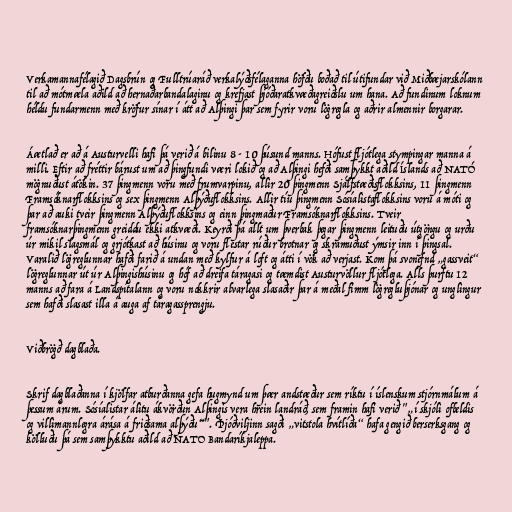
Verkamannafélagið Dagsbrún og Fulltrúaráð verkalýðsfélaganna höfðu boðað til útifundar við Miðbæjarskólann
til að mótmæla aðild að hernaðarbandalaginu og krefjast þjóðaratkvæðagreiðslu um hana. Að fundinum loknum
héldu fundarmenn með kröfur sínar í átt að Alþingi þar sem fyrir voru lögregla og aðrir almennir borgarar.

Áætlað er að á Austurvelli hafi þá verið á bilinu 8 - 10 þúsund manns. Hófust fljótlega stympingar manna á
milli. Eftir að fréttir bárust um að þingfundi væri lokið og að Alþingi hefði samþykkt aðild Íslands að NATÓ
mögnuðust átökin. 37 þingmenn voru með frumvarpinu, allir 20 þingmenn Sjálfstæðisflokksins, 11 þingmenn
Framsóknarflokksins og sex þingmenn Alþýðuflokksins. Allir tíu þingmenn Sósíalistaflokksins voru á móti og
þar að auki tveir þingmenn Alþýðuflokksins og einn þingmaður Framsóknarflokksins. Tveir
framsóknarþingmenn greiddu ekki atkvæði. Keyrði þá allt um þverbak þegar þingmenn leituðu útgöngu og urðu
úr mikil slagsmál og grjótkast að húsinu og voru flestar rúður brotnar og skrámuðust ýmsir inn í þingsal.
Varalið lögreglunnar hafði farið á undan með kylfur á loft og átti í vök að verjast. Kom þá svonefnd „gassveit“
lögreglunnar út úr Alþingishúsinu og hóf að dreifa táragasi og tæmdist Austurvöllur fljótlega. Alls þurftu 12
manns að fara á Landspítalann og voru nokkrir alvarlega slasaðir þar á meðal fimm lögregluþjónar og unglingur
sem hafði slasast illa á auga af táragassprengju.

Viðbrögð dagblaða.

Skrif dagblaðanna í kjölfar atburðanna gefa hugmynd um þær andstæður sem ríktu í íslenskum stjórnmálum á
þessum árum. Sósíalistar álitu ákvörðun Alþingis vera hrein landráð, sem framin hafi verið "„í skjóli ofbeldis
og villimannlegra árása á friðsama alþýðu“". Þjóðviljinn sagði „vitstola hvítlíða“ hafa gengið berserksgang og
kölluðu þá sem samþykktu aðild að NATO Bandaríkjaleppa.